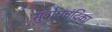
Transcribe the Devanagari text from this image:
सुबोधचंद्रिका